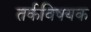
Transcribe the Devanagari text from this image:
तर्कविषयक